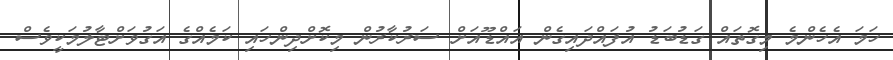
ހަމަ އެހެންމެ މިގޮތައް ގަޑުބަޑު އުފައްދައިގެން އައްޑޫއަށް ސަރުކާރުން މިކޮށްދިންހައި ކަމެއްގެ އަގުވަށްޓާލުމަކީވެސް